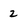
Character: 2